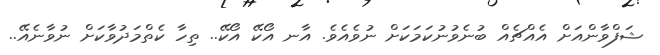
ޝަފްވާންއަށް އެއްޗެއް ބުނެވުނުކަމަކަށް ނުވެއެވެ. އާނ އޯކޭ އޯކޭ.. ތިހާ ކެތްމަދުވާކަށް ނުވާނެއޭ..